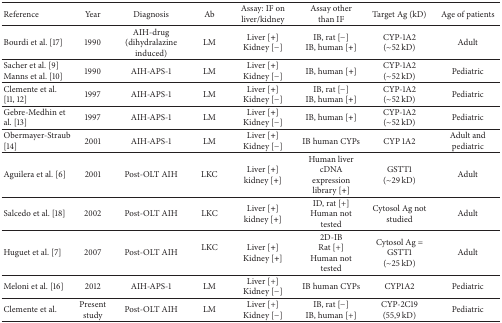
| Reference | Year | Diagnosis | Ab | Assay: IF onliver/kidney | Assay other than IF | Target Ag (kD) | Age of patients |
 | --- | --- | --- | --- | --- | --- | --- | --- |
 | Bourdi et al. [17] | 1990 | AIH-drug (dihydralazine induced) | LM | Liver [+]Kidney [−] | IB, rat [−] IB, human [+] | CYP-1A2(~52 kD) | Adult |
 | Sacher et al. [9]Manns et al. [10] | 1990 | AIH-APS-1 | LM | Liver [+]Kidney [−] | IB, human [+] | CYP-1A2(~52 kD) | Pediatric |
 | Clemente et al. [11, 12] | 1997 | AIH-APS-1 | LM | Liver [+]Kidney [−] | IB, rat [−]IB, human [+] | CYP-1A2(~52 kD) | Pediatric |
 | Gebre-Medhin et al. [13] | 1997 | AIH-APS-1 | LM | Liver [+]Kidney [−] | IB, human [+] | CYP-1A2(~52 kD) | Pediatric |
 | Obermayer-Straub [14] | 2001 | AIH-APS-1 | LM | Liver [+]Kidney [−] | IB human CYPs | CYP 1A2 | Adult and pediatric |
 | Aguilera et al. [6] | 2001 | Post-OLT AIH | LKC | Liver [+]kidney [+] | Human livercDNA expression library [+] | GSTT1(~29 kD) | Adult |
 | Salcedo et al. [18] | 2002 | Post-OLT AIH | LKC | Liver [+]kidney [+] | ID, rat [+] Human not tested | Cytosol Ag not studied | Adult |
 | Huguet et al. [7] | 2007 | Post-OLT AIH | LKC | Liver [+]Kidney [+] | 2D-IBRat [+] Human not tested | Cytosol Ag = GSTT1(~25 kD) | Adult |
 | Meloni et al. [16] | 2012 | AIH-APS-1 | LM | Liver [+]Kidney [−] | IB human CYPs | CYP1A2 | Pediatric |
 | Clemente et al. | Present study | Post-OLT AIH | LM | Liver [+]Kidney [−] | IB, rat [−]IB, human [+] | CYP-2C19(55,9 kD) | Pediatric |